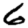
Digit: 6